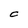
Character: C